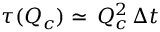
\tau ( Q _ { c } ) \simeq \, Q _ { c } ^ { 2 } \, \Delta t